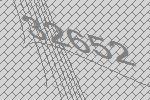
32652